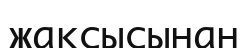
жақсысынан